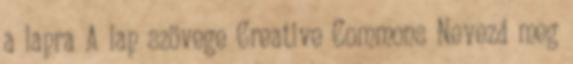
a lapra A lap szövege Creative Commons Nevezd meg